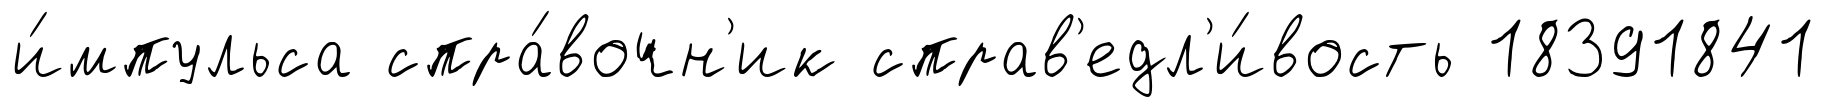
и́мпульса спра́вочн'ик справ'едл'и́вость 18391841